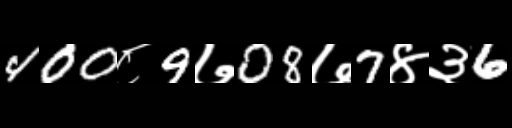
Text: 400८9७08७7४३6